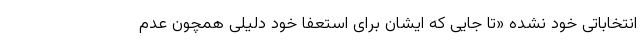
انتخاباتی خود نشده «تا جایی که ایشان برای استعفا خود دلیلی همچون عدم